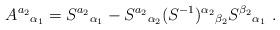
LaTeX: \begin{align*}A^{a_2}{}_{\alpha_1}=S^{a_2}{}_{\alpha_1}-S^{a_2}{}_{\alpha_2}(S^{-1})^{\alpha_2}{}_{\beta_2}S^{\beta_2}{}_{\alpha_1}\ .\end{align*}